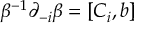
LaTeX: z _ { i - 1 } ^ { ' } = \chi _ { i } ^ { 2 } - f _ { i } ^ { 2 } + \lambda + \beta _ { i } ~ .